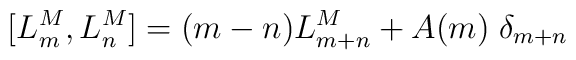
[L_m^M, L_n^M]=(m-n) L_{m+n}^M+A(m)\;\delta_{m+n}